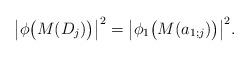
LaTeX: \begin{align*}\big|\phi\big(M(D_j)\big)\big|^2=\big|\phi_1\big(M(a_{1;j})\big)\big|^2.\end{align*}